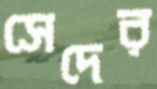
সেদের